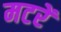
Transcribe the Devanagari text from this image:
मटरें